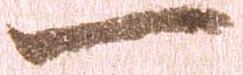
一